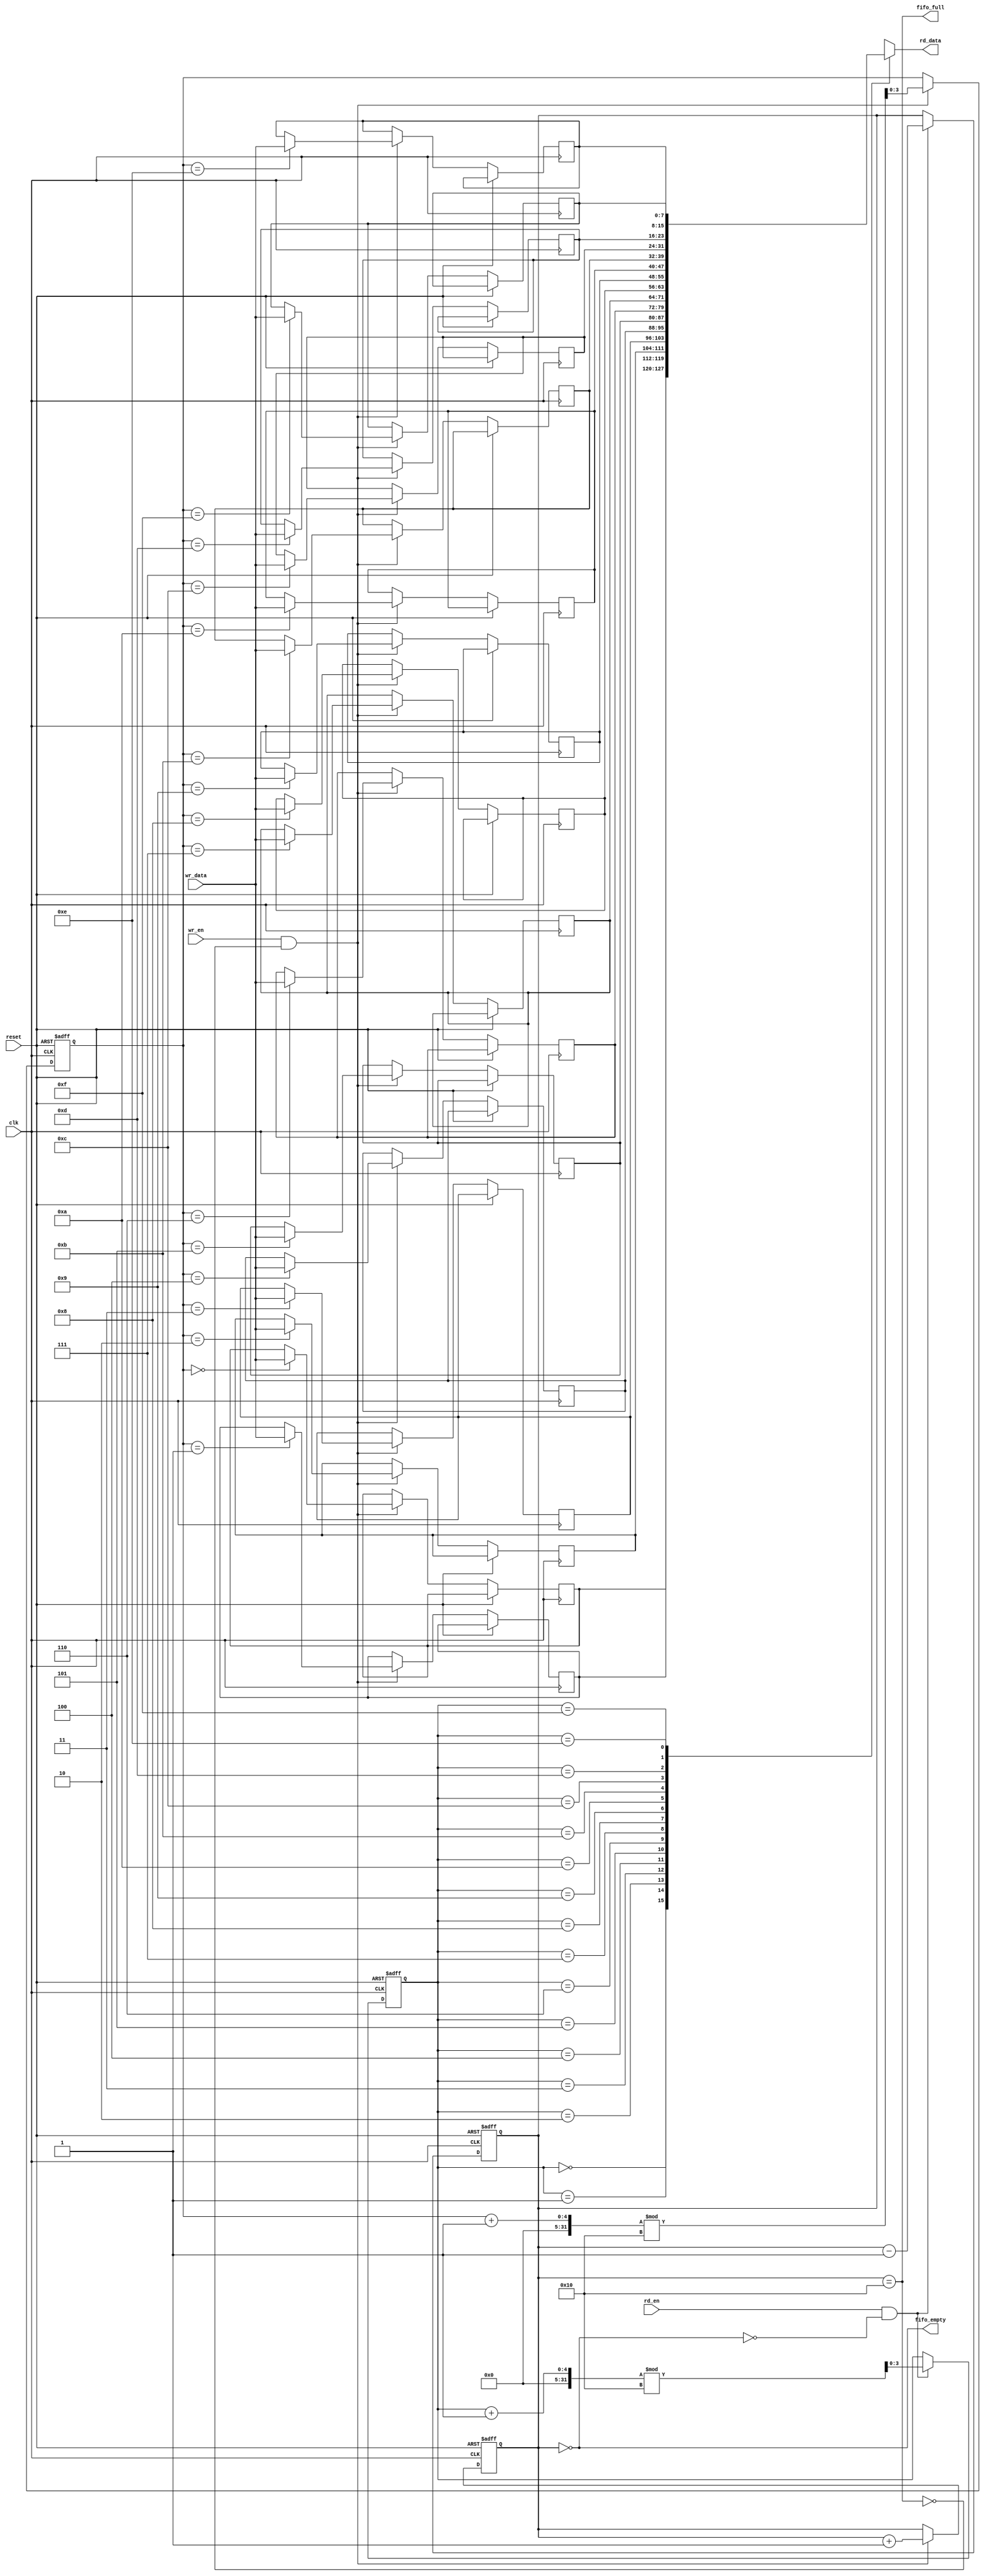
module multiport_fifo #(
    parameter DATA_WIDTH = 8,  // Width of each data entry
    parameter FIFO_DEPTH = 16   // Number of entries in FIFO
)(
    input wire clk,
    input wire reset,
    
    // Write Port Interface
    input wire [DATA_WIDTH-1:0] wr_data,
    input wire wr_en,
    output wire fifo_full,

    // Read Port Interface
    input wire rd_en,
    output wire [DATA_WIDTH-1:0] rd_data,
    output wire fifo_empty
);

    // Memory array
    reg [DATA_WIDTH-1:0] fifo_mem [0:FIFO_DEPTH-1];

    // Write and read pointers
    reg [$clog2(FIFO_DEPTH)-1:0] wr_ptr;
    reg [$clog2(FIFO_DEPTH)-1:0] rd_ptr;
    reg [$clog2(FIFO_DEPTH+1):0] count;  // To track the number of entries

    // FIFO full and empty flags
    assign fifo_full = (count == FIFO_DEPTH);
    assign fifo_empty = (count == 0);
    assign rd_data = fifo_mem[rd_ptr];

    // Write Logic
    always @(posedge clk or posedge reset) begin
        if (reset) begin
            wr_ptr <= 0;
            count <= 0;
        end else if (wr_en && !fifo_full) begin
            fifo_mem[wr_ptr] <= wr_data;  // Write data to FIFO
            wr_ptr <= (wr_ptr + 1) % FIFO_DEPTH;  // Increment write pointer
            count <= count + 1;  // Increment count
        end
    end

    // Read Logic
    always @(posedge clk or posedge reset) begin
        if (reset) begin
            rd_ptr <= 0;
            count <= 0;
        end else if (rd_en && !fifo_empty) begin
            rd_ptr <= (rd_ptr + 1) % FIFO_DEPTH;  // Increment read pointer
            count <= count - 1;  // Decrement count
        end
    end

endmodule